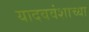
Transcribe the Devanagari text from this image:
यादववंशाच्या